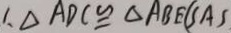
1 、 \Delta A D C \cong \Delta A B E ( S A S